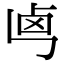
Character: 𠧤